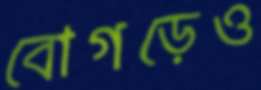
বোগড়েও